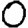
Digit: 0